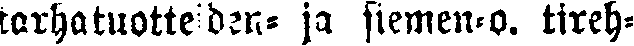
tarha tuotteiden- ja siemen-o. tireh-